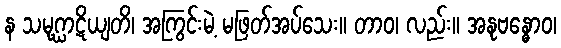
န သမုဂ္ဃာဋိယျတိ၊ အကြွင်းမဲ့ မဖြတ်အပ်သေး။ တာဝ၊ လည်း။ အနုဗန္ဓောဝ၊